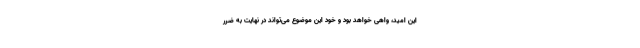
این امید، واهی خواهد بود و خود این موضوع می‌تواند در نهایت به ضرر